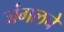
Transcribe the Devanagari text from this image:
जंगलचे